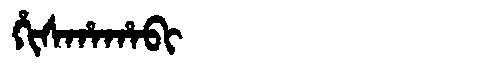
Manchu: ᡥᡳᠰᡥᠠᡥᠠᠪᡳ
Romanization: HISHAHABI